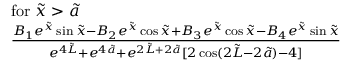
\begin{array} { r l } & { \mathrm { f o r ~ } \tilde { x } > \tilde { a } } \\ & { \frac { B _ { 1 } e ^ { \tilde { x } } \sin { \tilde { x } } - B _ { 2 } e ^ { \tilde { x } } \cos { \tilde { x } } + B _ { 3 } e ^ { \tilde { x } } \cos { \tilde { x } } - B _ { 4 } e ^ { \tilde { x } } \sin { \tilde { x } } } { e ^ { 4 \Tilde { L } } + e ^ { 4 \Tilde { a } } + e ^ { 2 \Tilde { L } + 2 \Tilde { a } } [ 2 \cos ( 2 \Tilde { L } - 2 \Tilde { a } ) - 4 ] } } \end{array}